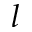
l